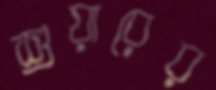
শুয়ারের